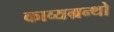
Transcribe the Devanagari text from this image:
काव्यग्रन्थो